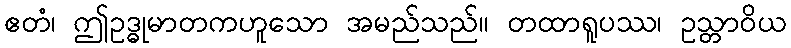
ဧတံ၊ ဤဥဒ္ဓုမာတကဟူသော အမည်သည်။ တထာရူပဿ၊ ဥသ္တာဝိယ